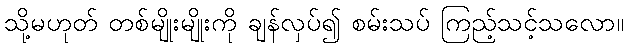
သို့မဟုတ် တစ်မျိုးမျိုးကို ချန်လှပ်၍ စမ်းသပ် ကြည့်သင့်သလော။